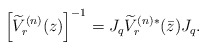
\begin{align*} \left[ \widetilde V^{(n)}_r(z) \right]^{-1} =J_q\widetilde V^{(n)*}_r(\bar z)J_q.\end{align*}